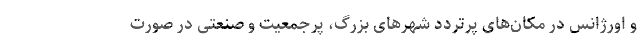
و اورژانس در مکان‌های پرتردد شهرهای بزرگ، پرجمعیت و صنعتی در صورت